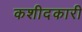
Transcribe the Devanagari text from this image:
कशीदकारी